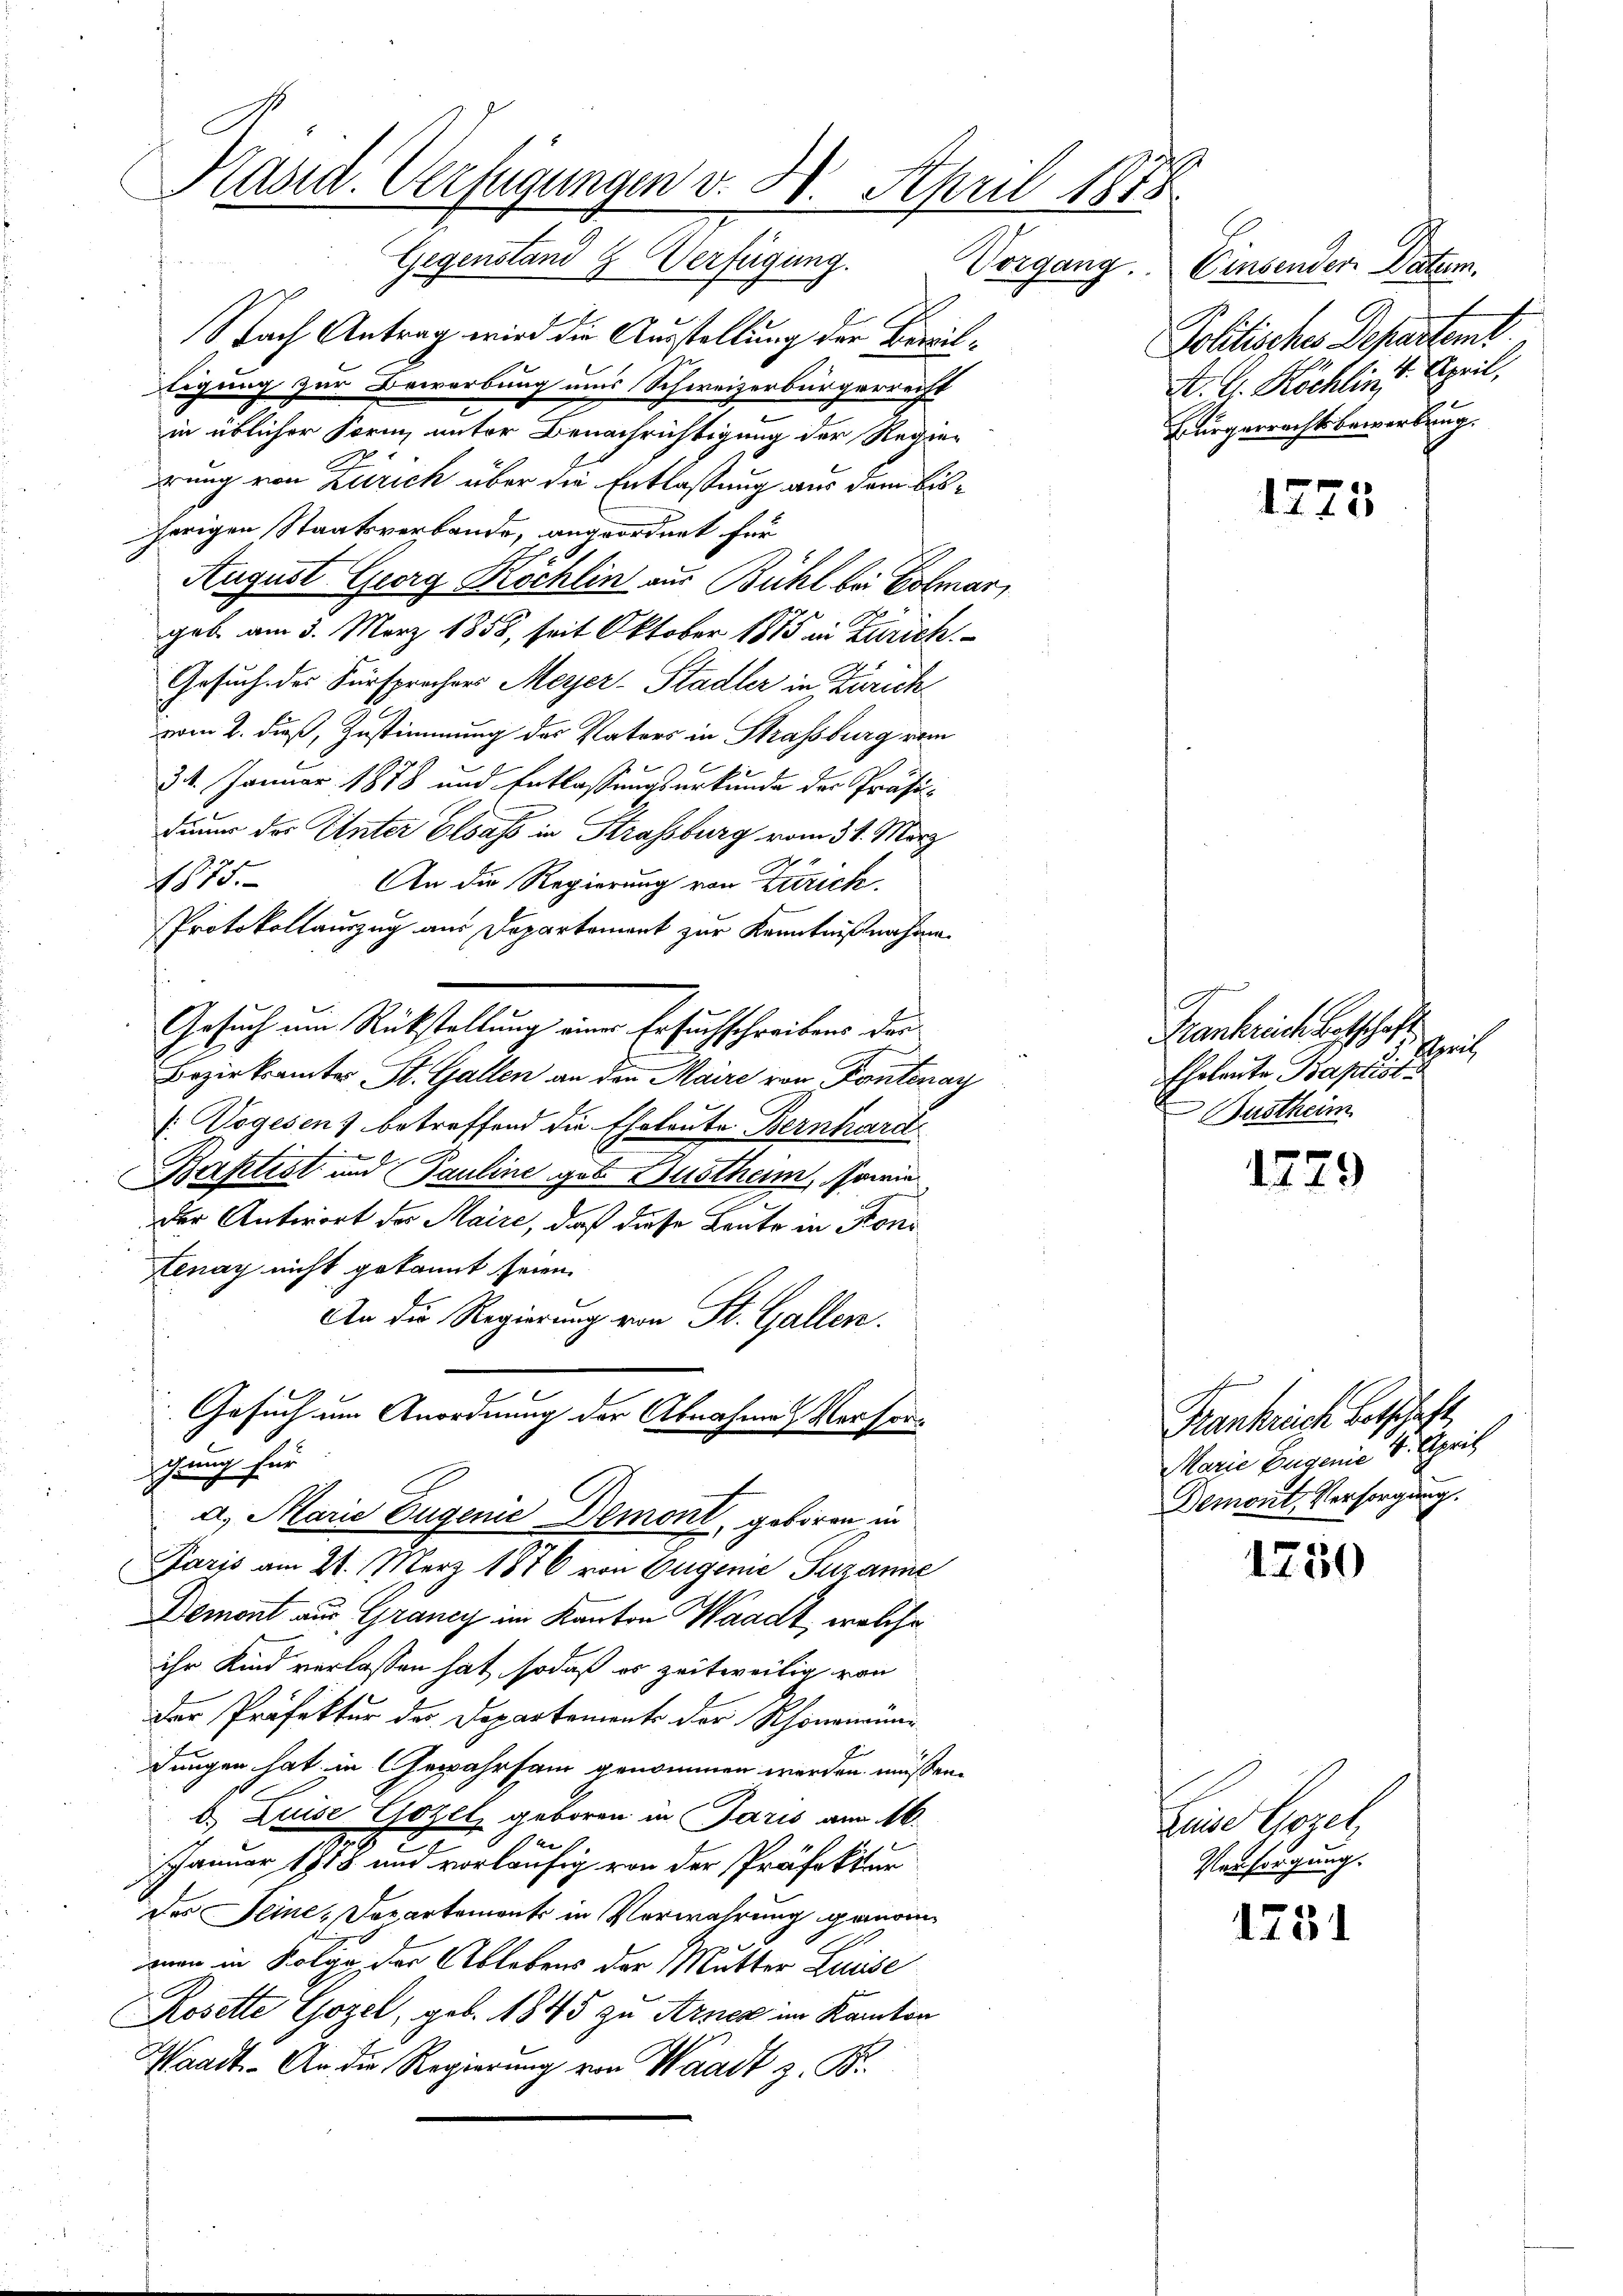
Kasid. Verfügungen v. 30. April 1878

Nach Antrag wird die Ausstellung der Bewiltigung zur Bewerbung uns Schweizerbürgerreift
in üblicher Form, unter Benachrichtigung der Regie-
rung von Zürich über die Entlaßung aus dem bisherigen Staatsverbande, angeordnet für
0
August Georg Rochlin aus Bühl bei Colmar,
geb. am 3. März 1858, seit Oktober 1875 in Zürich.
Gesuch des Fürsprachens Meyer-Stadler in Zürich
vom 2. dieß, Zustimmung des Vaters in Strassburg vom
31. Januar 1878 und Entlassungsurkunde der Präsidium das Unter Elsass in Krassburg vom 31. März
1875.
An die Regierung von Zürich,
Protokollauszug aus Deparkoment zur Kenntnißnahme.
Gesuch um Rückstellung eine Ersuchschreiben der
Bezirksamtes St. Gallen an den Maire von Kantonay
Wogesen) betreffend die Eheleute Bernhard
Baptist und Pauline geb. Gustheim, sowie
der Antwort der Maire, daß diese Leute in Koni
Lenay nicht gekannt seien.
An die Regierung von St. Gallen.
Gesuch um Anordnung der Abnahme Versonchung für
a. Marie Eugenie Demont, geboren in
Paris am 21. März 1876 von Eugenie Susanne
Demont aus Grancy im Kanton Waadt, welche
ihr Kind verlassen hat, sodaß es zeitweilig von
der Präfektur des Departements der Rhonananen
dungen hat in Gewahrsam genommen werden müßen.
b. Luise Gozel, geboren in Jaris am 16.
2

Januar 1818 und vorläufig von der Präfektur
des Seine Departement in Verwahrung gemeinman in Folge der Ablebens der Mutter Luise
Rosette Gozel, geb. 1845 zu Arner im Kanton
Waadt. An die Regierung von Waadt z. B.

Gegenstand & Verfügung. Vorgang. Einsendere Datum.
Politisches Departeme
A. G. Köchlins April,
Bürgerrechtsbewerbung.

1775

.
Frankreich Botschaft
Spritz
Eheleute Baptisti
Bustheim

1779

Frankreich beschaft,
Marie Eugende 4. April
Demont, Versorgung.

1250

Leine Bezel
Versorgung.

1751